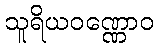
သူရိယဝဏ္ဏောဝ